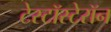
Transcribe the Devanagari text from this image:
टेस्टॉस्टेरॉन